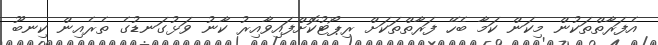
އެފަރާތްތަކުން މިކަން ކަމާ ބެހޭ ފަރާތްތަކަށް ރިޕޯޓުކޮށްފައިވާއިރު ކާނު ވަޅުގަނޑުގެ ތެރެއިން ކިނބޫ